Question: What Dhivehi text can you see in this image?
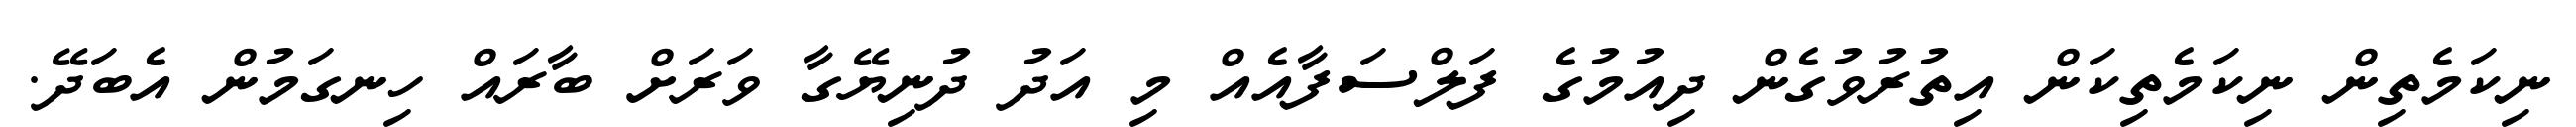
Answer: ނިކަމެތިން ނިކަމެތިކަން އިތުރުވުގެން ދިއުމުގެ ފަލްސަފާއެއް މި އަދު ދުނިޔޭގާ ވަރަށް ބާރައް ހިނގަމުން އެބަދޭ.